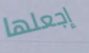
إجعلها